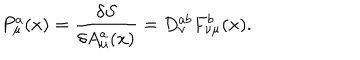
LaTeX: P _ { \mu } ^ { a } ( x ) = \frac { \delta { S } } { \delta { A _ { \mu } ^ { a } ( x ) } } = D _ { \nu } ^ { a b } F _ { \nu \mu } ^ { b } ( x ) .